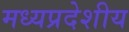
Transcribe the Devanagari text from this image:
मध्यप्रदेशीय